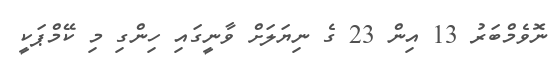
ނޮވެމްބަރު 13 އިން 23 ގެ ނިޔަލަށް ވާނީގައި ހިންގި މި ކޭމްޕަކީ